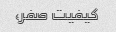
کیفیت صفر،